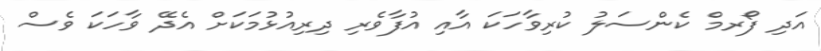
އަދި ފޯރމް ކެންސަލު ކުރިވާހަކަ އާއި އުފާވެރި ދިރިއުޅުމަކަށް އެދޭ ވާހަކަ ވެސް